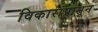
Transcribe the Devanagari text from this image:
विकारांपासून